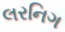
લરનિગ